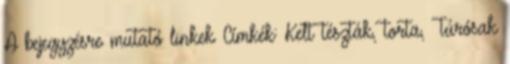
A bejegyzésre mutató linkek Címkék: Kelt tészták, torta, Túrósak